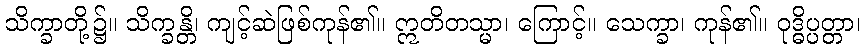
သိက္ခာတို့၌။ သိက္ခန္တိ၊ ကျင့်ဆဲဖြစ်ကုန်၏။ ဣတိတသ္မာ၊ ကြောင့်။ သေက္ခာ၊ ကုန်၏။ ဝုဒ္ဓိပ္ပတ္တာ၊